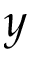
y